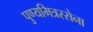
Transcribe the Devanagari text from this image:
पुण्यमित्रस्सेना